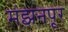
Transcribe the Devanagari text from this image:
मंझनपूर